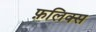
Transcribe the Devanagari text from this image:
फ़लिक्स